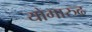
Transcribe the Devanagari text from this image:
योगारुढ